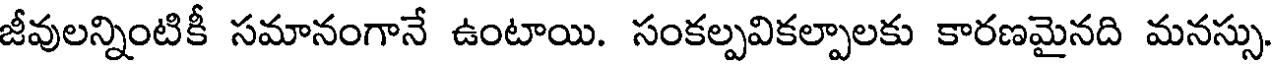
జీవులన్నింటికీ సమానంగానే ఉంటాయి. సంకల్పవికల్పాలకు కారణమైనది మనస్సు